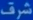
شرف